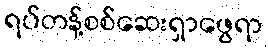
ရပ်တန့်စစ်ဆေးရှာဖွေရာ